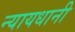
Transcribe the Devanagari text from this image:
न्यायधानी